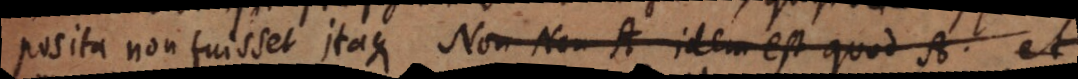
posita non fuisset. Itaque Non Non A idem est quod A, et